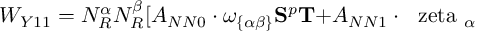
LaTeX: W _ { Y 1 1 } = N _ { R } ^ { \alpha } N _ { R } ^ { \beta } [ A _ { N N 0 } \cdot \omega _ { \{ \alpha \beta \} } { \bf S } ^ { p } { \bf T + } A _ { N N 1 } \cdot \mathrm { \boldmath ~ \ z e t a ~ } _ { \alpha }